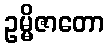
ဥမ္မိဇာတော